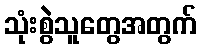
သုံးစွဲသူတွေအတွက်